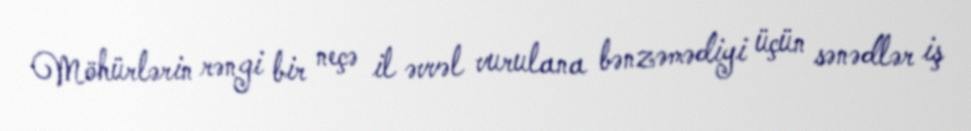
Möhürlərin rəngi bir neçə il əvvəl vurulana bənzəmədiyi üçün sənədlər iş